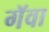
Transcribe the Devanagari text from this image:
गॅवा